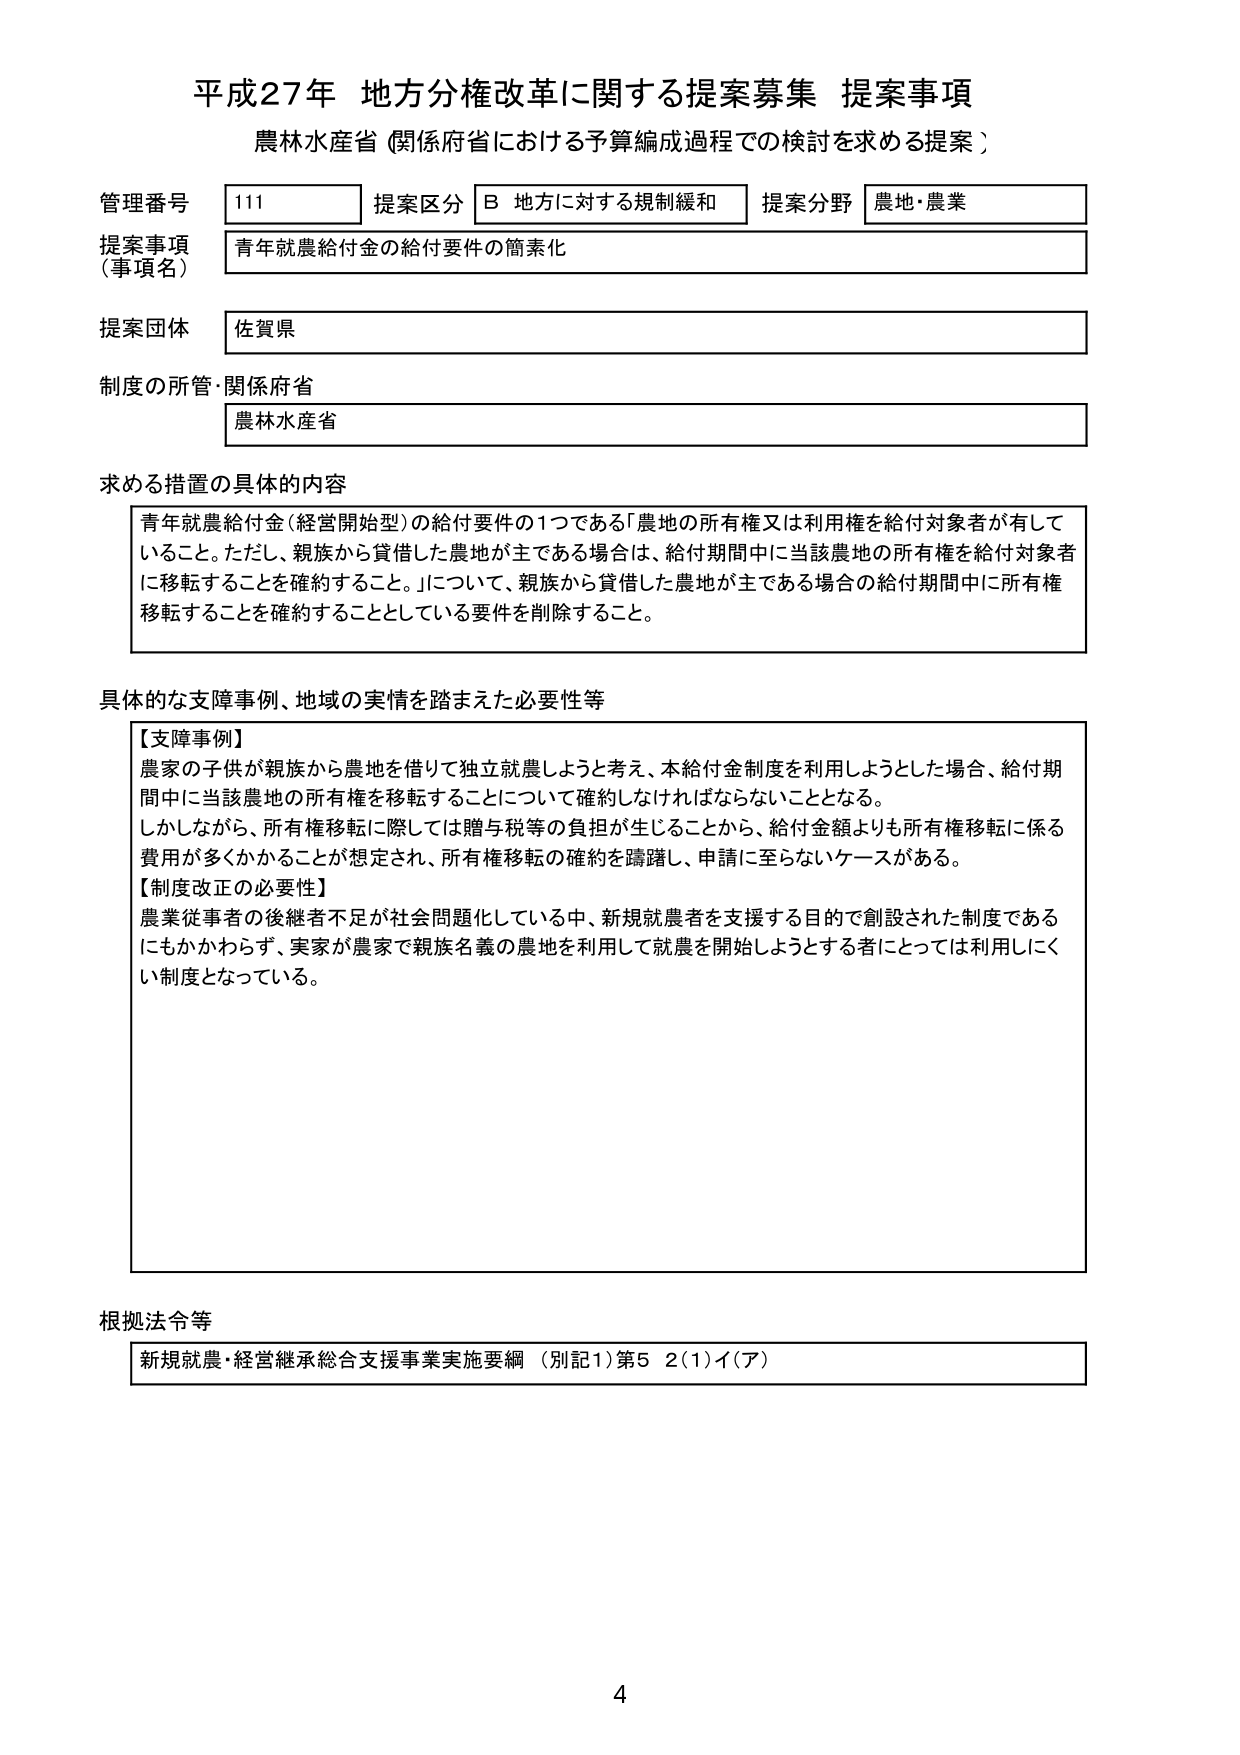
平成27年 地方分権改革に関する提案募集 提案事項
農林水産省（関係府省における予算編成過程での検討を求める提案）

管理番号 111
提案区分 B 地方に対する規制緩和
提案分野 農地・農業

提案事項（事項名）
青年就農給付金の給付要件の簡素化

提案団体
佐賀県

制度の所管・関係府省
農林水産省

求める措置の具体的な内容
青年就農給付金（経営開始型）の給付要件の1つである「農地の所有権又は利用権を給付対象者が有していること。ただし、親族から貸借した農地が主である場合は、給付期間中に当該農地の所有権を給付対象者に移転することを確約すること。」について、親族から貸借した農地が主である場合の給付期間中に所有権移転することを確約することとしている要件を削除すること。

具体的な支障事例、地域の実情を踏まえた必要性等
【支障事例】
農家の子供が親族から農地を借りて独立就農しようと考え、本給付金制度を利用しようとした場合、給付期間中に当該農地の所有権を移転することについて確約しなければならないこととなる。
しかしながら、所有権移転に際しては贈与税等の負担が生じることから、給付金額よりも所有権移転に係る費用が多くかかることが想定され、所有権移転の確約を躊躇し、申請に至らないケースがある。
【制度改正の必要性】
農業従事者の後継者不足が社会問題化している中、新規就農者を支援する目的で創設された制度であるにもかかわらず、実家が農家で親族名義の農地を利用して就農を開始しようとする者にとっては利用しにくい制度となっている。

根拠法令等
新規就農・経営継承総合支援事業実施要綱（別記1）第5 2(1)イ(ア)

4